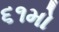
૬૧મો